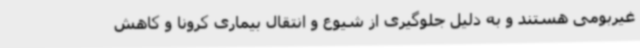
غیربومی هستند و به دلیل جلوگیری از شیوع و انتقال بیماری کرونا و کاهش